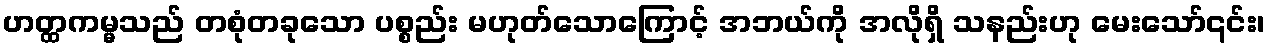
ဟတ္ထကမ္မသည် တစုံတခုသော ပစ္စည်း မဟုတ်သောကြောင့် အဘယ်ကို အလိုရှိ သနည်းဟု မေးသော်၎င်း၊